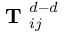
\textbf { T } _ { i j } ^ { d - d }